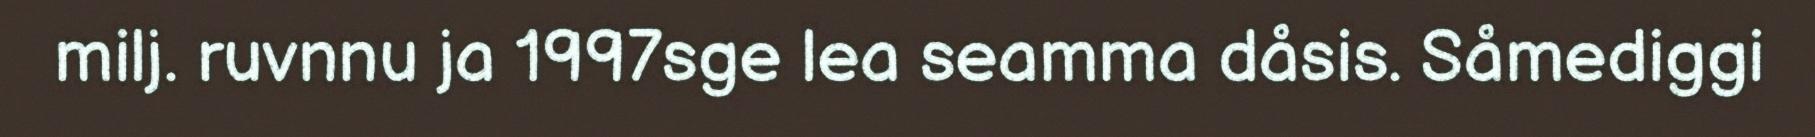
milj. ruvnnu ja 1997sge lea seamma dåsis. Såmediggi